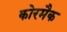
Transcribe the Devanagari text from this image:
कोरमैक